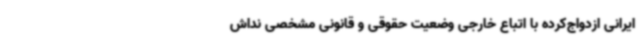
ایرانی ازدواج‌کرده با اتباع خارجی وضعیت حقوقی و قانونی مشخصی نداش